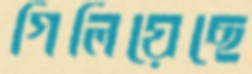
গিলিয়েছে